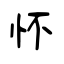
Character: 怀